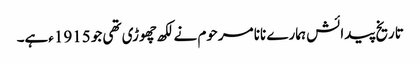
تاریخ پیدائش ہمارے نانا مرحوم نے لکھ چھوڑی تھی جو 1915ءہے۔